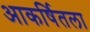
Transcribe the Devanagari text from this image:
आकर्षितला